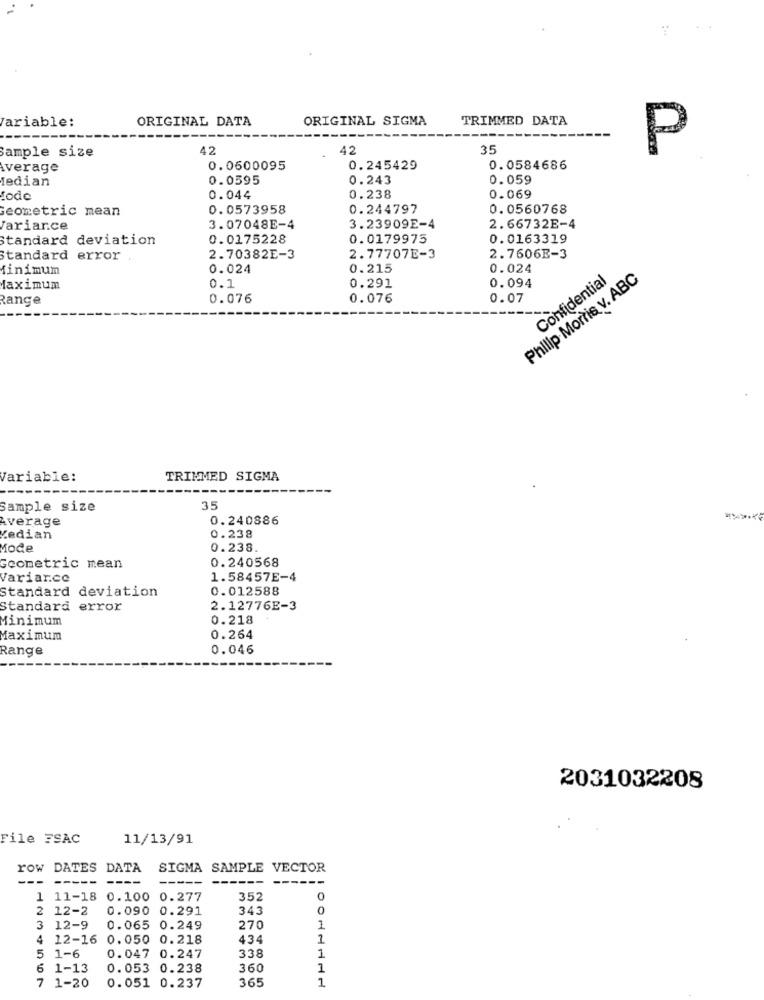
Variable:
ORIGINAL DATA
ORIGINAL SIGMA
TRIMMED DATA
Sample size
42
42
35
P
Average
0.0600095
0.245429
0.0584686
fedian
0.0595
0.243
0.059
tode
0.044
0.238
0.069
Geometric mean
0.0573958
0.244797
0.0560768
Variance
3.07048E-4
3.23909E-4
2.66732E-4
Standard deviation
0.0175228
0.0179975
0.0163319
Standard error
2.70382E-3
2.77707E-3
2.7606E-3
inimum
0.024
0.215
0.024
0.291
Philip Morris v. ABC
Confidential
faximum
0.1
0.094
Range
0.076
0.076
0.07
Variable:
TRIMMED SIGMA
Sample size
35
Average
0.240886
Vedian
0.238
Mode
0.238.
0.240568
Geometric mean
Variarce
1.58457E-4
Standard deviation
0.012588
Standard error
2.12776E-3
Minimum
0.218
Maximum
0.264
Range
0.046
2031032208
File FSAC
11/13/91
row DATES DATA
SIGMA SAMPLE VECTOR
-
--
----
1 11-18 0.100 0.277
352
0
2 12-2
0.090 0.291
343
0
3 12-9
0.065 0.249
270
4 12-16 0.050 0.218
434
1
0.047 0.247
338
1
5 1-6
6 1-13
0.053 0.238
360
1
7 1-20
365
0.051 0.237